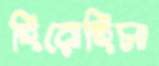
হিরোহিসা